Lunatic asylums in Bengal annual reports 1899-1911 - 1899-1911
Year: 1899
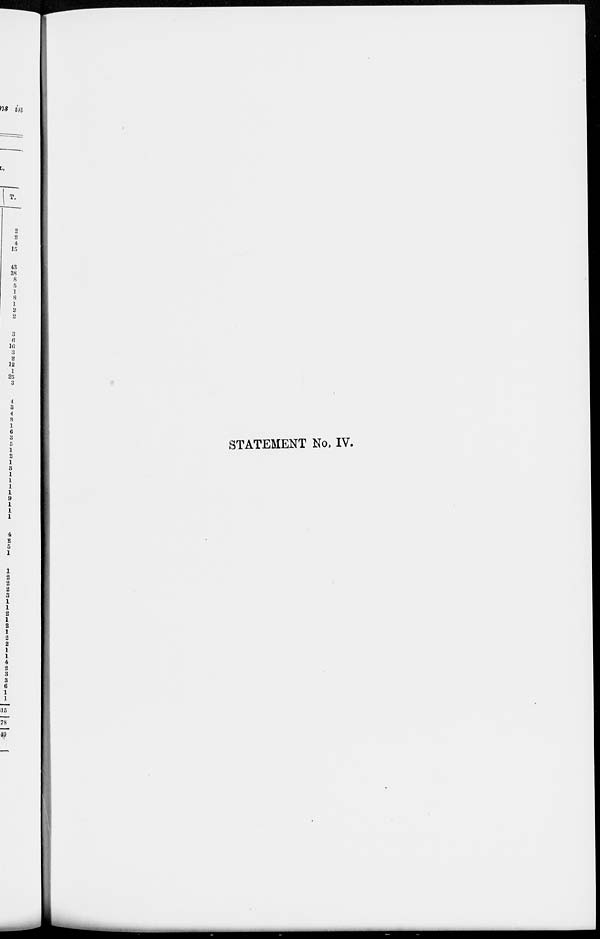
STATEMENT No. IV.